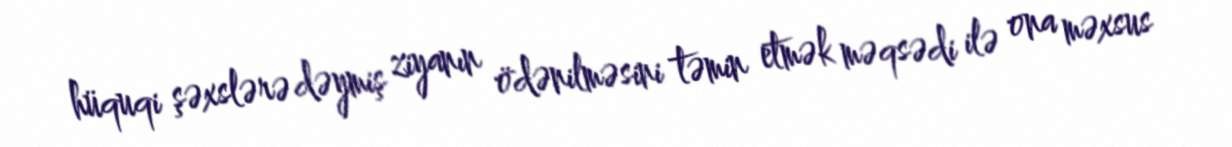
hüquqi şəxslərə dəymiş ziyanın ödənilməsini təmin etmək məqsədi ilə ona məxsus